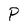
Character: P